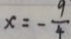
x = - \frac { 9 } { 4 }